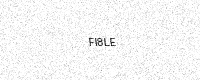
Text: FI8LE